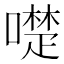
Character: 𠿝